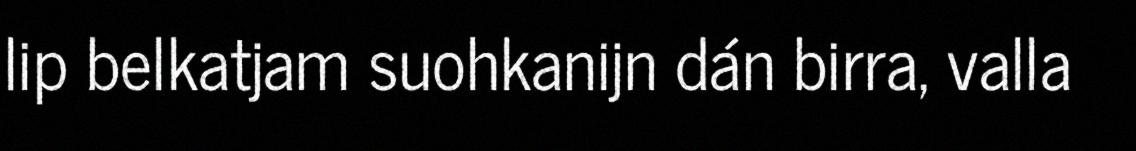
lip belkatjam suohkanijn dán birra, valla